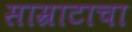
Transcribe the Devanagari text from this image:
साम्राटाचा